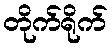
တိုက်ရိုက်